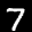
Label: 7